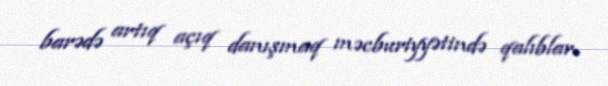
barədə artıq açıq danışmaq məcburiyyətində qalıblar.